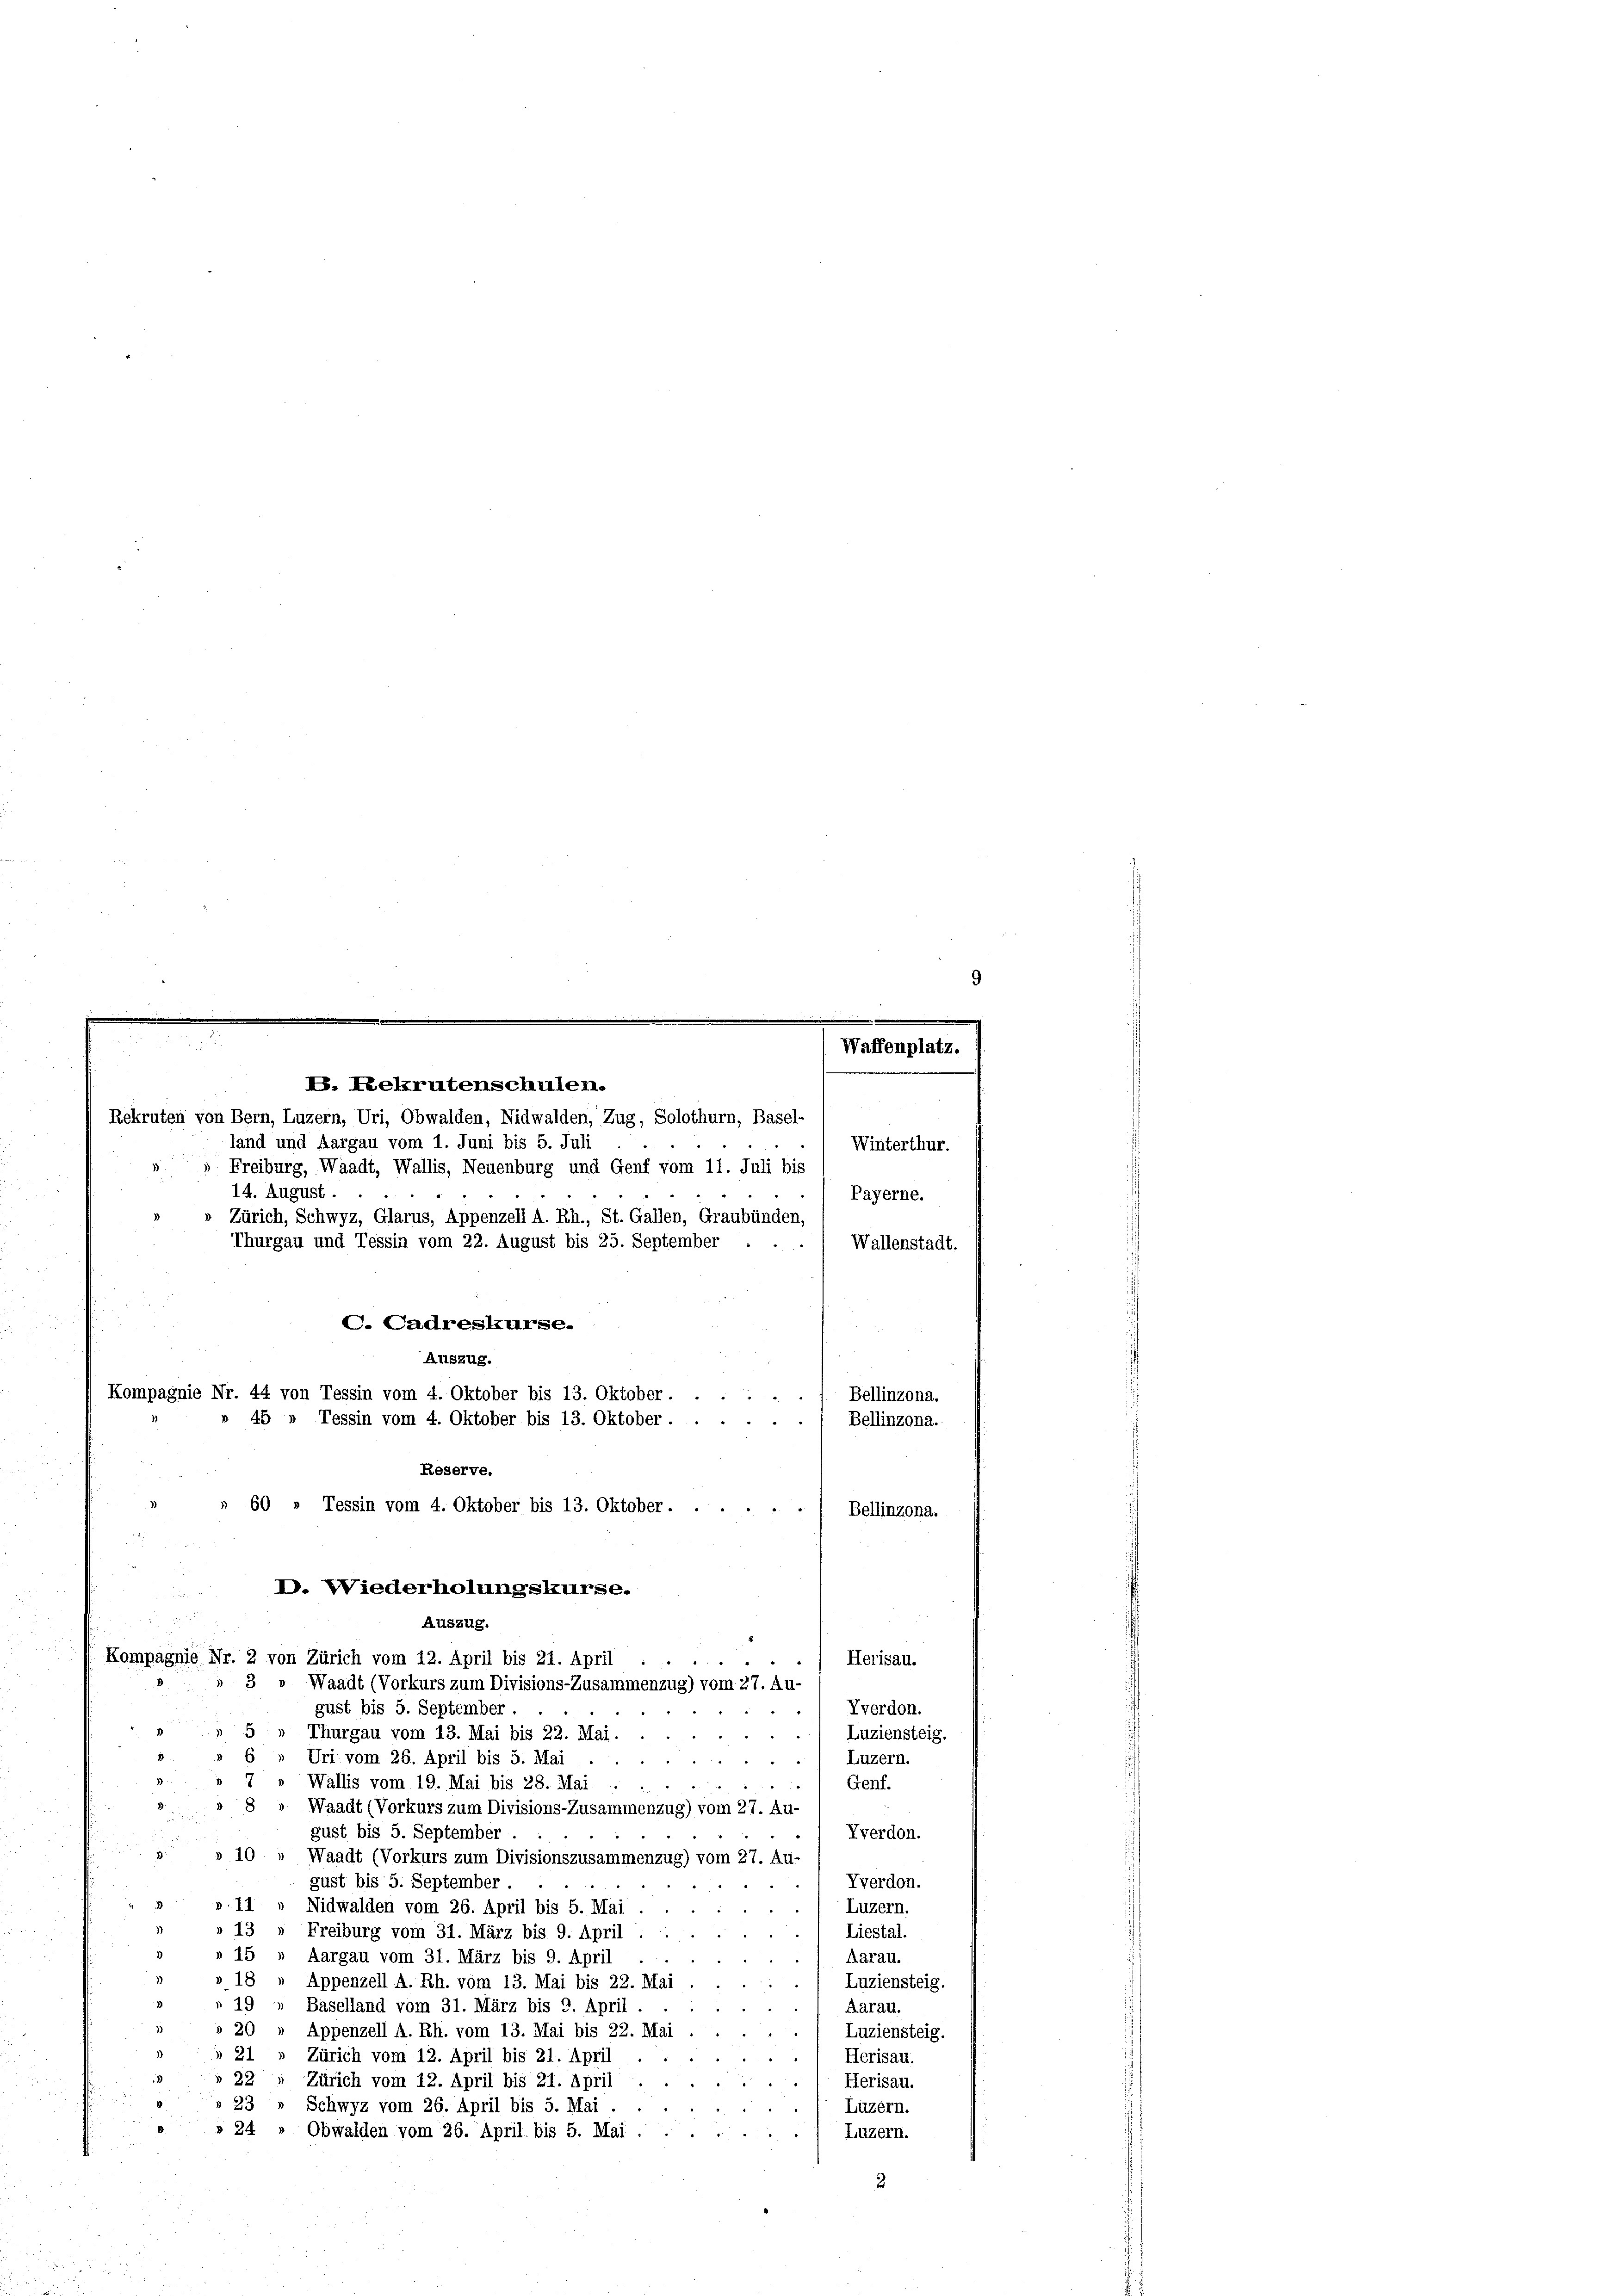
land und Aargau vom 1. Juni bis 5. Juli
Winterthur.
Freiburg, Waadt, Wallis, Neuenburg und Genf vom 11. Juli bis
14. August.
Payerne.
Zürich, Schwyz, Glarus, Appenzell A. Rh., St. Gallen, Graubünden,
Thurgau und Tessin vom 22. August bis 25. September
Wallenstadt.
Bellinzona.
Herisau.
gust bis 5. September.
Vverdon.
5 „ Thurgau vom 13. Mai bis 22. Mai.
Luziensteig.
 Uri vom 26. April bis 5. Mai
Luzern.
3
 Wallis vom 19. Mai bis 28. Mai
Genf.
8 " Waadt (Vorkurs zum Divisions-Zusammenzug) vom 27. Au-
gust bis 5. September
Vverdon.
3
10
Waadt (Vorkurs zum Divisionszusammenzug) vom 27. Au-
Vverdon.
gust bis 5. September.
II
Luzern.
Nidwalden vom 26. April bis 5. Mai
13
Liestal.
Freiburg vom 31. März bis 9. April
Aargau vom 31. März bis 9. April
Aarau.
Appenzell A. Rh. vom 13. Mai bis 22. Mai
Luziensteig
Baselland vom 31. März bis 9. April
Aarau.
Appenzell A. Rh. vom 13. Mai bis 22. Mai
Luziensteig.
Zürich vom 12. April bis 21. April
Herisau.
21
52
Zürich vom 12. April bis 21. April
Herisau.
Schwyz vom 26. April bis 5. Mai.
Luzern.
24
Obwalden vom 26. April bis 5. Mai.
Luzern.

9
.

Waffenplatz.
V. Rekrutenschulen.
Rekruten von Bern, Luzern, Uri, Obwalden, Nidwalden, Zug, Solothurn, Basel-

C. Cadreskurse.
Auszug.
Kompagnie Nr. 44 von Tessin vom 4. Oktober bis 13. Oktober.
». 45 » Tessin vom 4. Oktober bis 13. Oktober . .
Reserve.
 60 » Tessin vom 4. Oktober bis 13. Oktober......
D. Wiederholungskurse.
n
Auszug.
Kompagnie Nr. 2 von Zürich vom 12. April bis 21. April
.
3 " Waadt (Vorkurs zum Divisions-Zusammenzug) vom 27. Au-

Bellinzona.
Bellinzona.